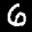
Label: 6